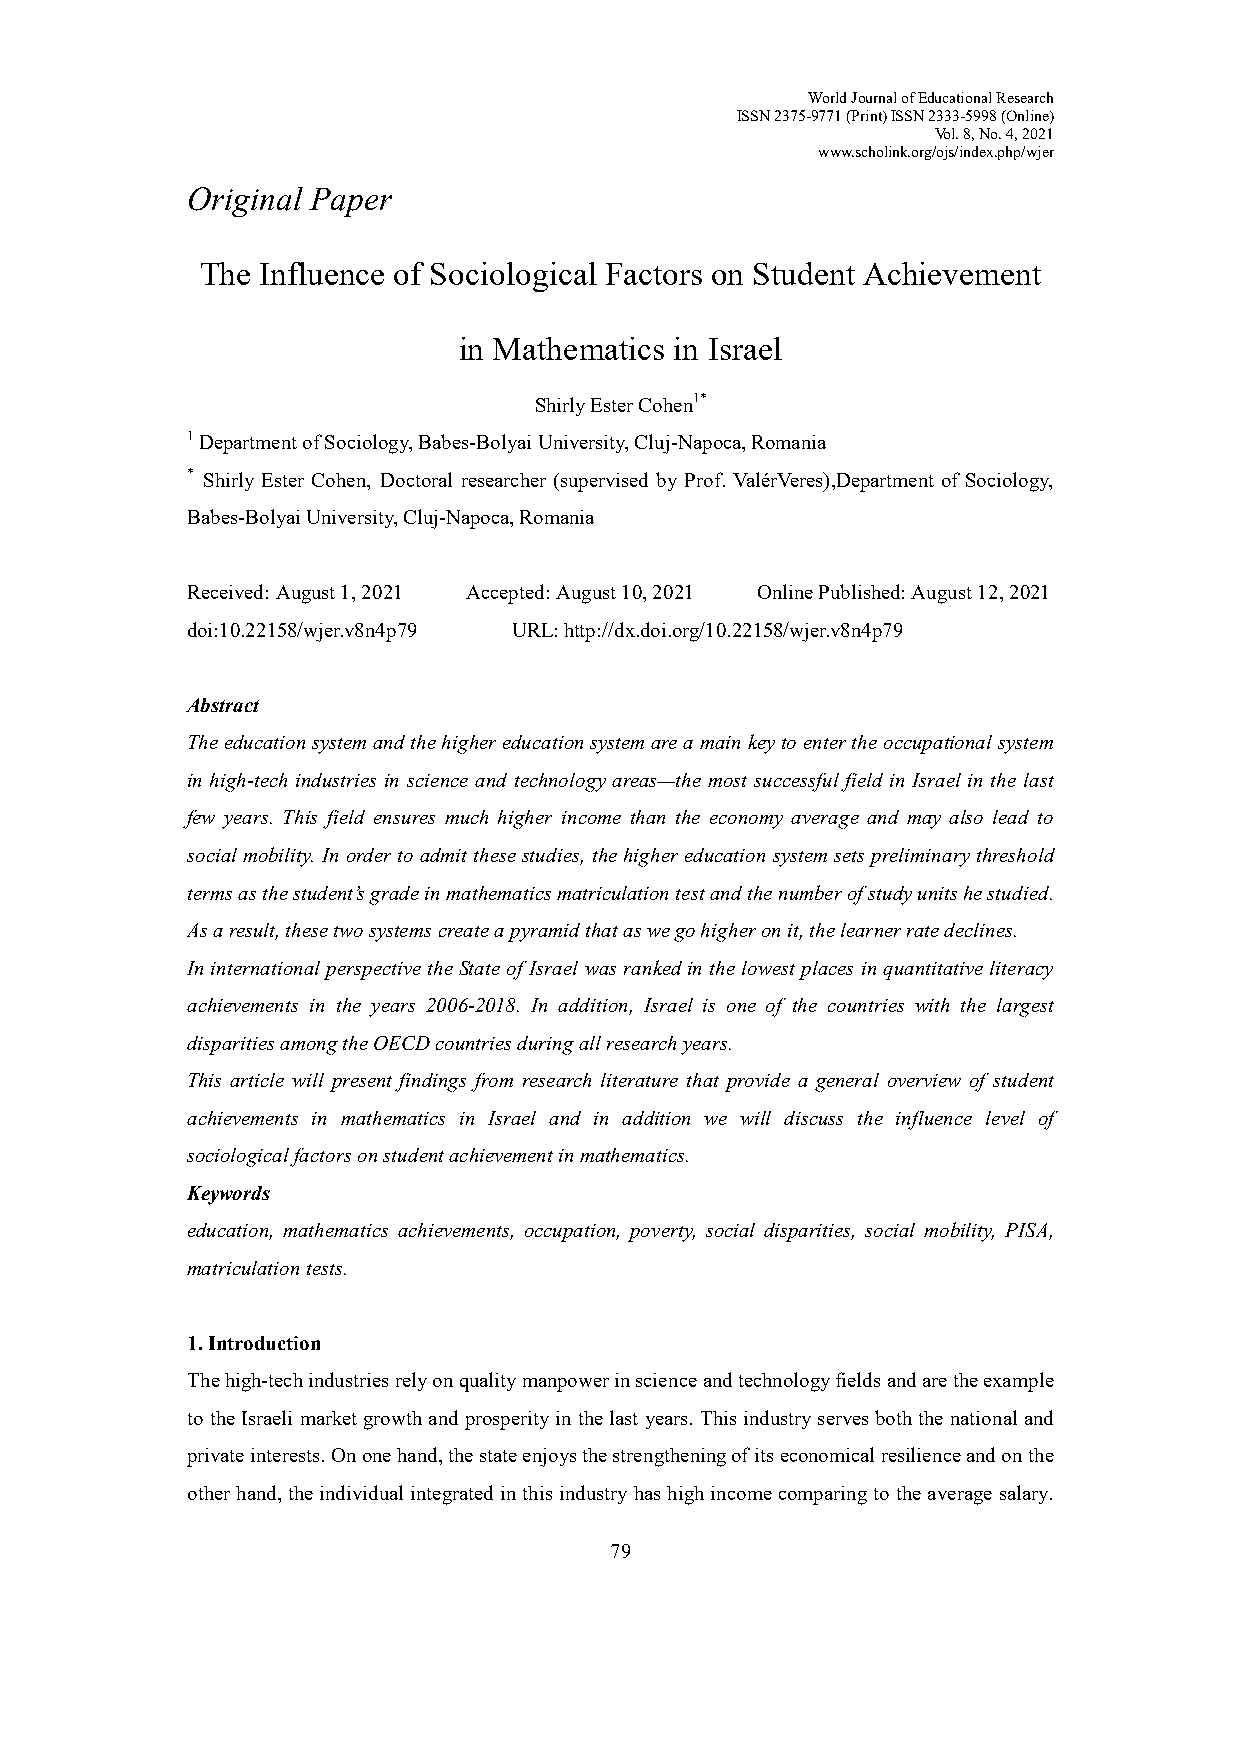
World Journal of Educational Research
 ISSN 2375-9771 (Print) ISSN 2333-5998 (Online)
 Vol. 8, No. 4, 2021
 www.scholink.org/ojs/index.php/wjer
 Original Paper
 The Influence of Sociological Factors on Student Achievement
 in Mathematics in Israel
 Shirly Ester Cohen1*
 1 Department of Sociology, Babes-Bolyai University, Cluj-Napoca, Romania
 * Shirly Ester Cohen, Doctoral researcher (supervised by Prof. ValérVeres),Department of Sociology,
 Babes-Bolyai University, Cluj-Napoca, Romania
 Received: August 1, 2021 Accepted: August 10, 2021 Online Published: August 12, 2021
 doi:10.22158/wjer.v8n4p79 URL: http://dx.doi.org/10.22158/wjer.v8n4p79
 Abstract
 The education system and the higher education system are a main key to enter the occupational system
 in high-tech industries in science and technology areas—the most successful field in Israel in the last
 few years. This field ensures much higher income than the economy average and may also lead to
 social mobility. In order to admit these studies, the higher education system sets preliminary threshold
 terms as the student’s grade in mathematics matriculation test and the number of study units he studied.
 As a result, these two systems create a pyramid that as we go higher on it, the learner rate declines.
 In international perspective the State of Israel was ranked in the lowest places in quantitative literacy
 achievements in the years 2006-2018. In addition, Israel is one of the countries with the largest
 disparities among the OECD countries during all research years.
 This article will present findings from research literature that provide a general overview of student
 achievements in mathematics in Israel and in addition we will discuss the influence level of
 sociological factors on student achievement in mathematics.
 Keywords
 education, mathematics achievements, occupation, poverty, social disparities, social mobility, PISA,
 matriculation tests.
 1. Introduction
 The high-tech industries rely on quality manpower in science and technology fields and are the example
 to the Israeli market growth and prosperity in the last years. This industry serves both the national and
 private interests. On one hand, the state enjoys the strengthening of its economical resilience and on the
 other hand, the individual integrated in this industry has high income comparing to the average salary.
 79